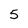
Character: 5